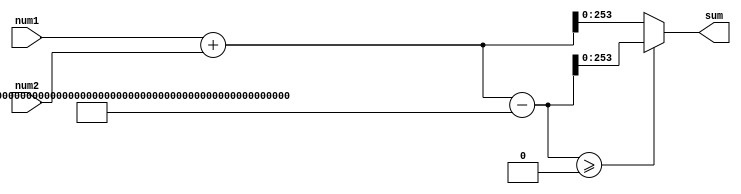
module galois_add #(
	parameter N_BITS = 254,
	parameter PRIME_MODULUS = 254'h30644e72e131a029b85045b68181585d2833e84879b9709143e1f593f0000001 // Size: N_BITS
) (
	input  [N_BITS-1:0] num1,
	input  [N_BITS-1:0] num2,
	output [N_BITS-1:0] sum
);

wire [(N_BITS+1)-1:0] temp1;
wire signed [(N_BITS+1)-1:0] temp2;

assign temp1 = num1 + num2;
assign temp2 = temp1 - PRIME_MODULUS;
assign sum = temp2 >= 0 ? temp2[N_BITS-1:0] : temp1[N_BITS-1:0];

endmodule